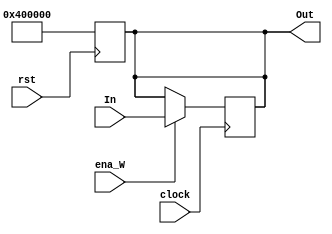
module reg_PC(clock,rst,ena_W,In,Out);

input clock;
input rst;
input ena_W;	
input [31:0] In;
output [31:0] Out;

reg [31:0] PC;

always @(posedge rst) PC<=32'h00400000;
    
always @(posedge clock) 
begin
	if(ena_W) PC<=In;        //enable input 
end

assign Out=PC;

endmodule

module reg_IR(clock,ena_W,In,Out);

input clock;
input ena_W;	
input [31:0] In;
output [31:0] Out;

reg [31:0] IR;
   
always @(posedge clock) 
begin
	if(ena_W) IR<=In;        //enable input 
end

assign Out=IR;

endmodule


module reg_SR(clock,rst,In,Out);

input clock;
input rst;
input [3:0] In;
output [3:0] Out;

reg [3:0] SR;

always @(posedge rst) SR<=0;
    
always @(posedge clock) 
begin
	SR<=In;        
end

assign Out=SR;

endmodule